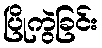
ပြိုကွဲခြင်း